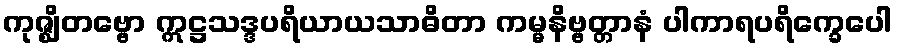
ကုဇ္ဈိတဗ္ဗော ဣဋ္ဌသဒ္ဒပရိယာယသာဓိတာ ကမ္မနိဗ္ဗတ္တာနံ ပါကာရပရိက္ခေပေါ